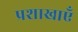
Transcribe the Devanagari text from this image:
प्रशाखाऍं